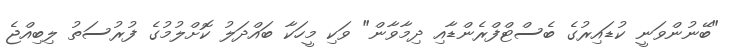
"ބޭނުންވަނީ ކުޑައިރުގެ ބެސްޓްފްރެންޑާއި ދިމާވާން" ވަކި މީހަކާ ބައްދަލު ކޮށްލުމުގެ ފުރުސަތު ލިބިއްޖެ